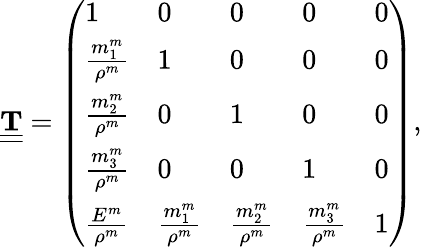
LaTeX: \begin{array}{r}{\underline{{\underline{{\mathbf T}}}}=\left(\begin{array}{lllll}{1}&{0}&{0}&{0}&{0}\\ {\frac{m_{1}^{m}}{\rho^{m}}}&{1}&{0}&{0}&{0}\\ {\frac{m_{2}^{m}}{\rho^{m}}}&{0}&{1}&{0}&{0}\\ {\frac{m_{3}^{m}}{\rho^{m}}}&{0}&{0}&{1}&{0}\\ {\frac{E^{m}}{\rho^{m}}}&{\frac{m_{1}^{m}}{\rho^{m}}}&{\frac{m_{2}^{m}}{\rho^{m}}}&{\frac{m_{3}^{m}}{\rho^{m}}}&{1}\end{array}\right),}\end{array}